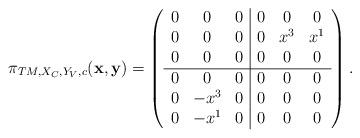
LaTeX: \begin{align*}\pi_{TM,X_{C},Y_{V},c}({\bf x},{\bf y})=\left( \begin{array}{ccc|ccc} 0&0&0&0&0&0\\0&0&0&0&x^3&x^1\\0&0&0&0&0&0\\\hline 0&0&0&0&0&0\\0&-x^3&0&0&0&0\\0&-x^1&0&0&0&0\\ \end{array}\right).\end{align*}